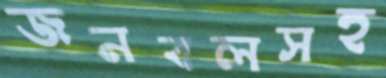
জনবলসহ